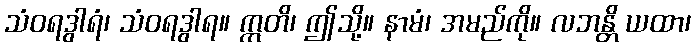
သံဝရဒွါရံ၊ သံဝရဒွါရ။ ဣတိ၊ ဤသို့။ နာမံ၊ အမည်ကို။ လဘန္တိ ယထာ၊